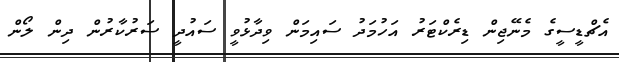
އެޗްޑީސީގެ މެނޭޖިން ޑިރެކްޓަރު އަހުމަދު ސައިމަން ވިދާޅުވީ ސައުދީ ސަރުކާރުން ދިން ލޯން